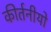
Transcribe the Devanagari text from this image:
कीर्तनीयो